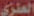
العنزي